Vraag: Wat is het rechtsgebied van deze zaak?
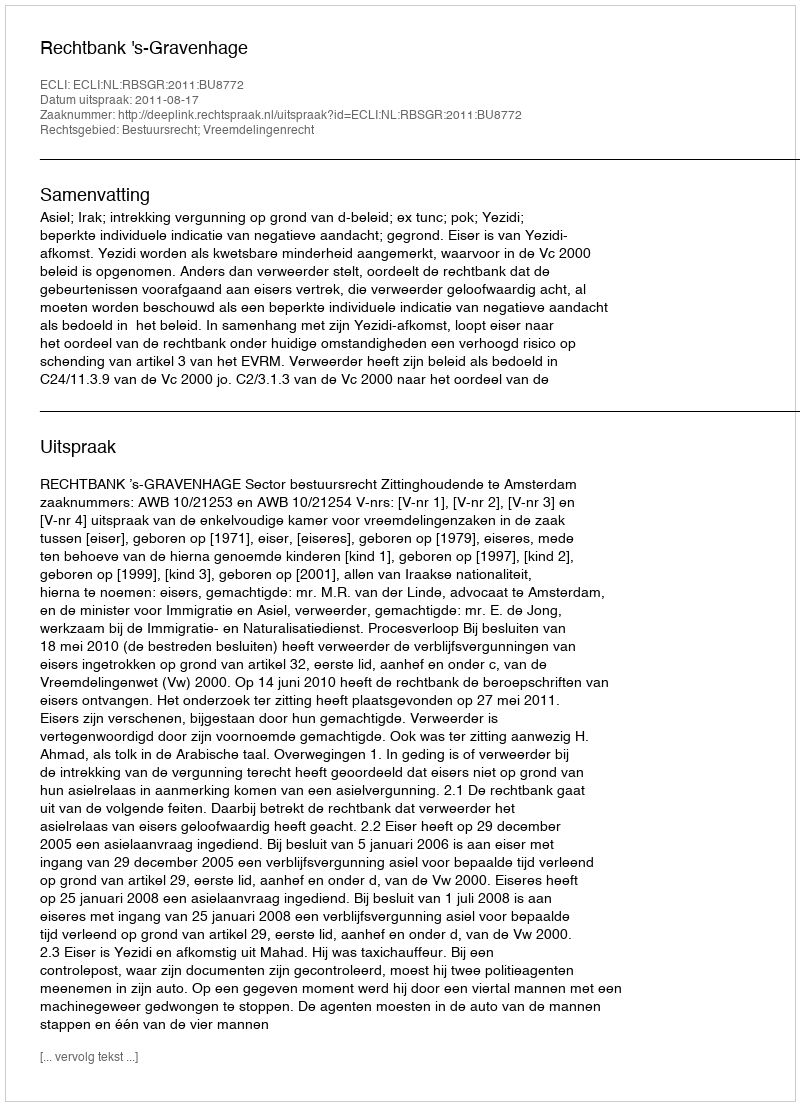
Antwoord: Bestuursrecht; Vreemdelingenrecht